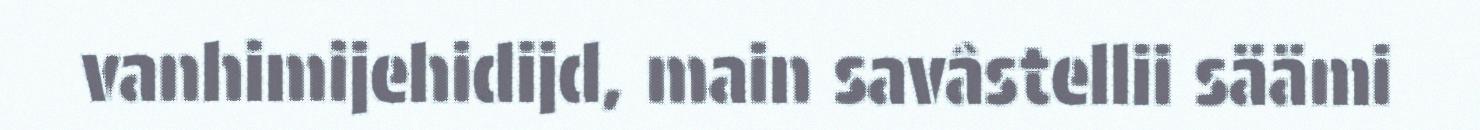
vanhimijehidijd, main savâstellii säämi